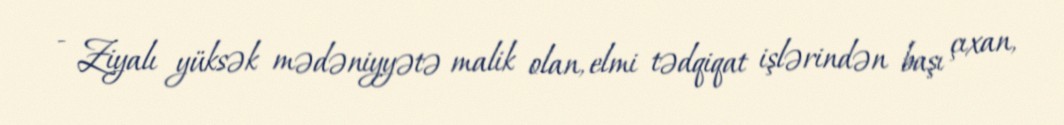
- Ziyalı yüksək mədəniyyətə malik olan, elmi tədqiqat işlərindən başı çıxan,